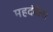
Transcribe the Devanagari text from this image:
महदंबेला